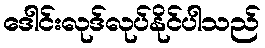
ဒေါင်းလုဒ်လုပ်နိုင်ပါသည်